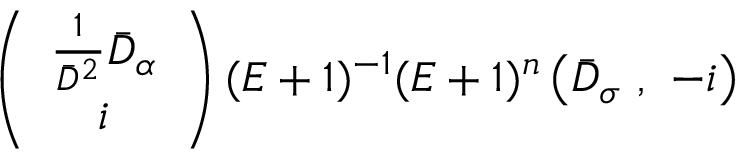
\left( \begin{array} { c } { { \frac { 1 } { \bar { D } ^ { 2 } } \bar { D } _ { \alpha } } } \\ { { i } } \end{array} \right) ( E + 1 ) ^ { - 1 } ( E + 1 ) ^ { n } \left( \bar { D } _ { \sigma } \ , \ - i \right)